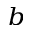
^ b